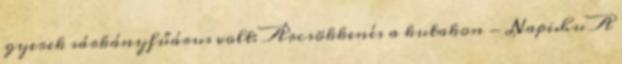
gyerek sárkányfűárus volt: Árcsökkenés a kutakon - Napi.hu A